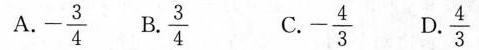
A.-\frac{3}{4} B.\frac{3}{4} C.-\frac{4}{3} D.\frac{4}{3}